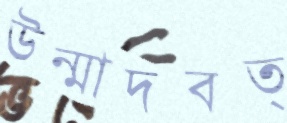
উন্মাদবত্